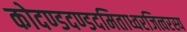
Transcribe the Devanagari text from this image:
कोदण्डदण्डदमिताध्वरजित्वरस्य